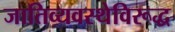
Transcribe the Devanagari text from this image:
जातिव्यवस्थेविरूद्ध